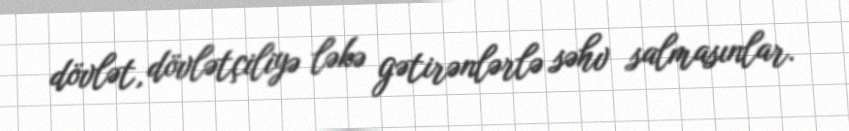
dövlət, dövlətçiliyə ləkə gətirənlərlə səhv salmasınlar.